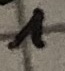
Text: 1